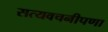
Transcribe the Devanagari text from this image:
सत्यवचनीपणा